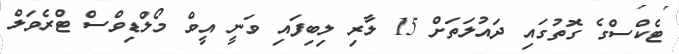
ޓެކްސްގެ ގޮތުގައި ދައުލަތަށް 15 ލާރި ލިބިފައި ވަނީ އީވް މޯލްޑިވްސް ޓްރެވަލް